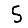
Digit: 5